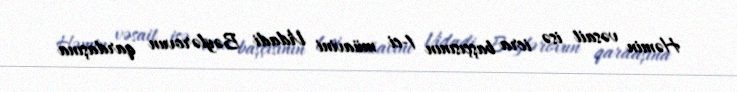
Həmin vəsait isə icra başçısının 1-ci müavini Vidadi Bəylərovun qardaşına